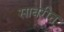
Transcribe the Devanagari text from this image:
साबरीन